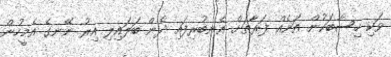
ވަކި ހިސާބަކުން އަނެއް ފަރާތަށް އެނބުރިފައި ދެން ބަލައިލި އިރު ނޭނގެ އެމީހުން